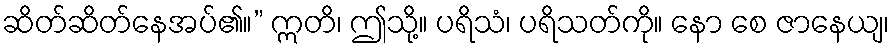
ဆိတ်ဆိတ်နေအပ်၏။” ဣတိ၊ ဤသို့။ ပရိသံ၊ ပရိသတ်ကို။ နော စေ ဇာနေယျ၊